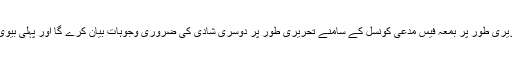
سب سیکشن ا کے تحت اجازت کے لیئے تحریری طور پر بمعہ فیس مدعی کونسل کے سامنے تحریری طور پر دوسری شادی کی ضروری وجوہات بیان کرے گا اور پہلی بیوی کا تحریری اجازت نامہ بھی پیش کرے گا ۔